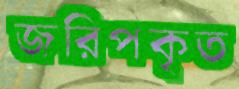
জরিপকৃত